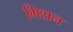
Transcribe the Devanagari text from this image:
भिशन